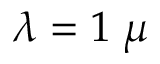
\lambda = 1 \; \mu